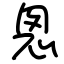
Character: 悤